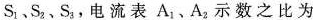
S_{1}、S_{2}、S_{3}，电流表A_{1}、A_{2}示数之比为